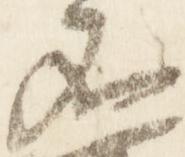
不